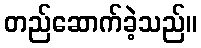
တည်ဆောက်ခဲ့သည်။